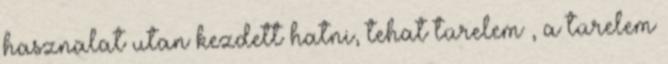
hasznalat utan kezdett hatni, tehat türelem , a türelem